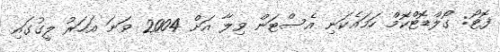
ފޮޓޯ: ގޯލްޑޮޓްކޮމް ހަމައެކަނި އެސްޓަން ވިލާ އަށް 2004 ވަނަ އަހަރު ލީގުގައި